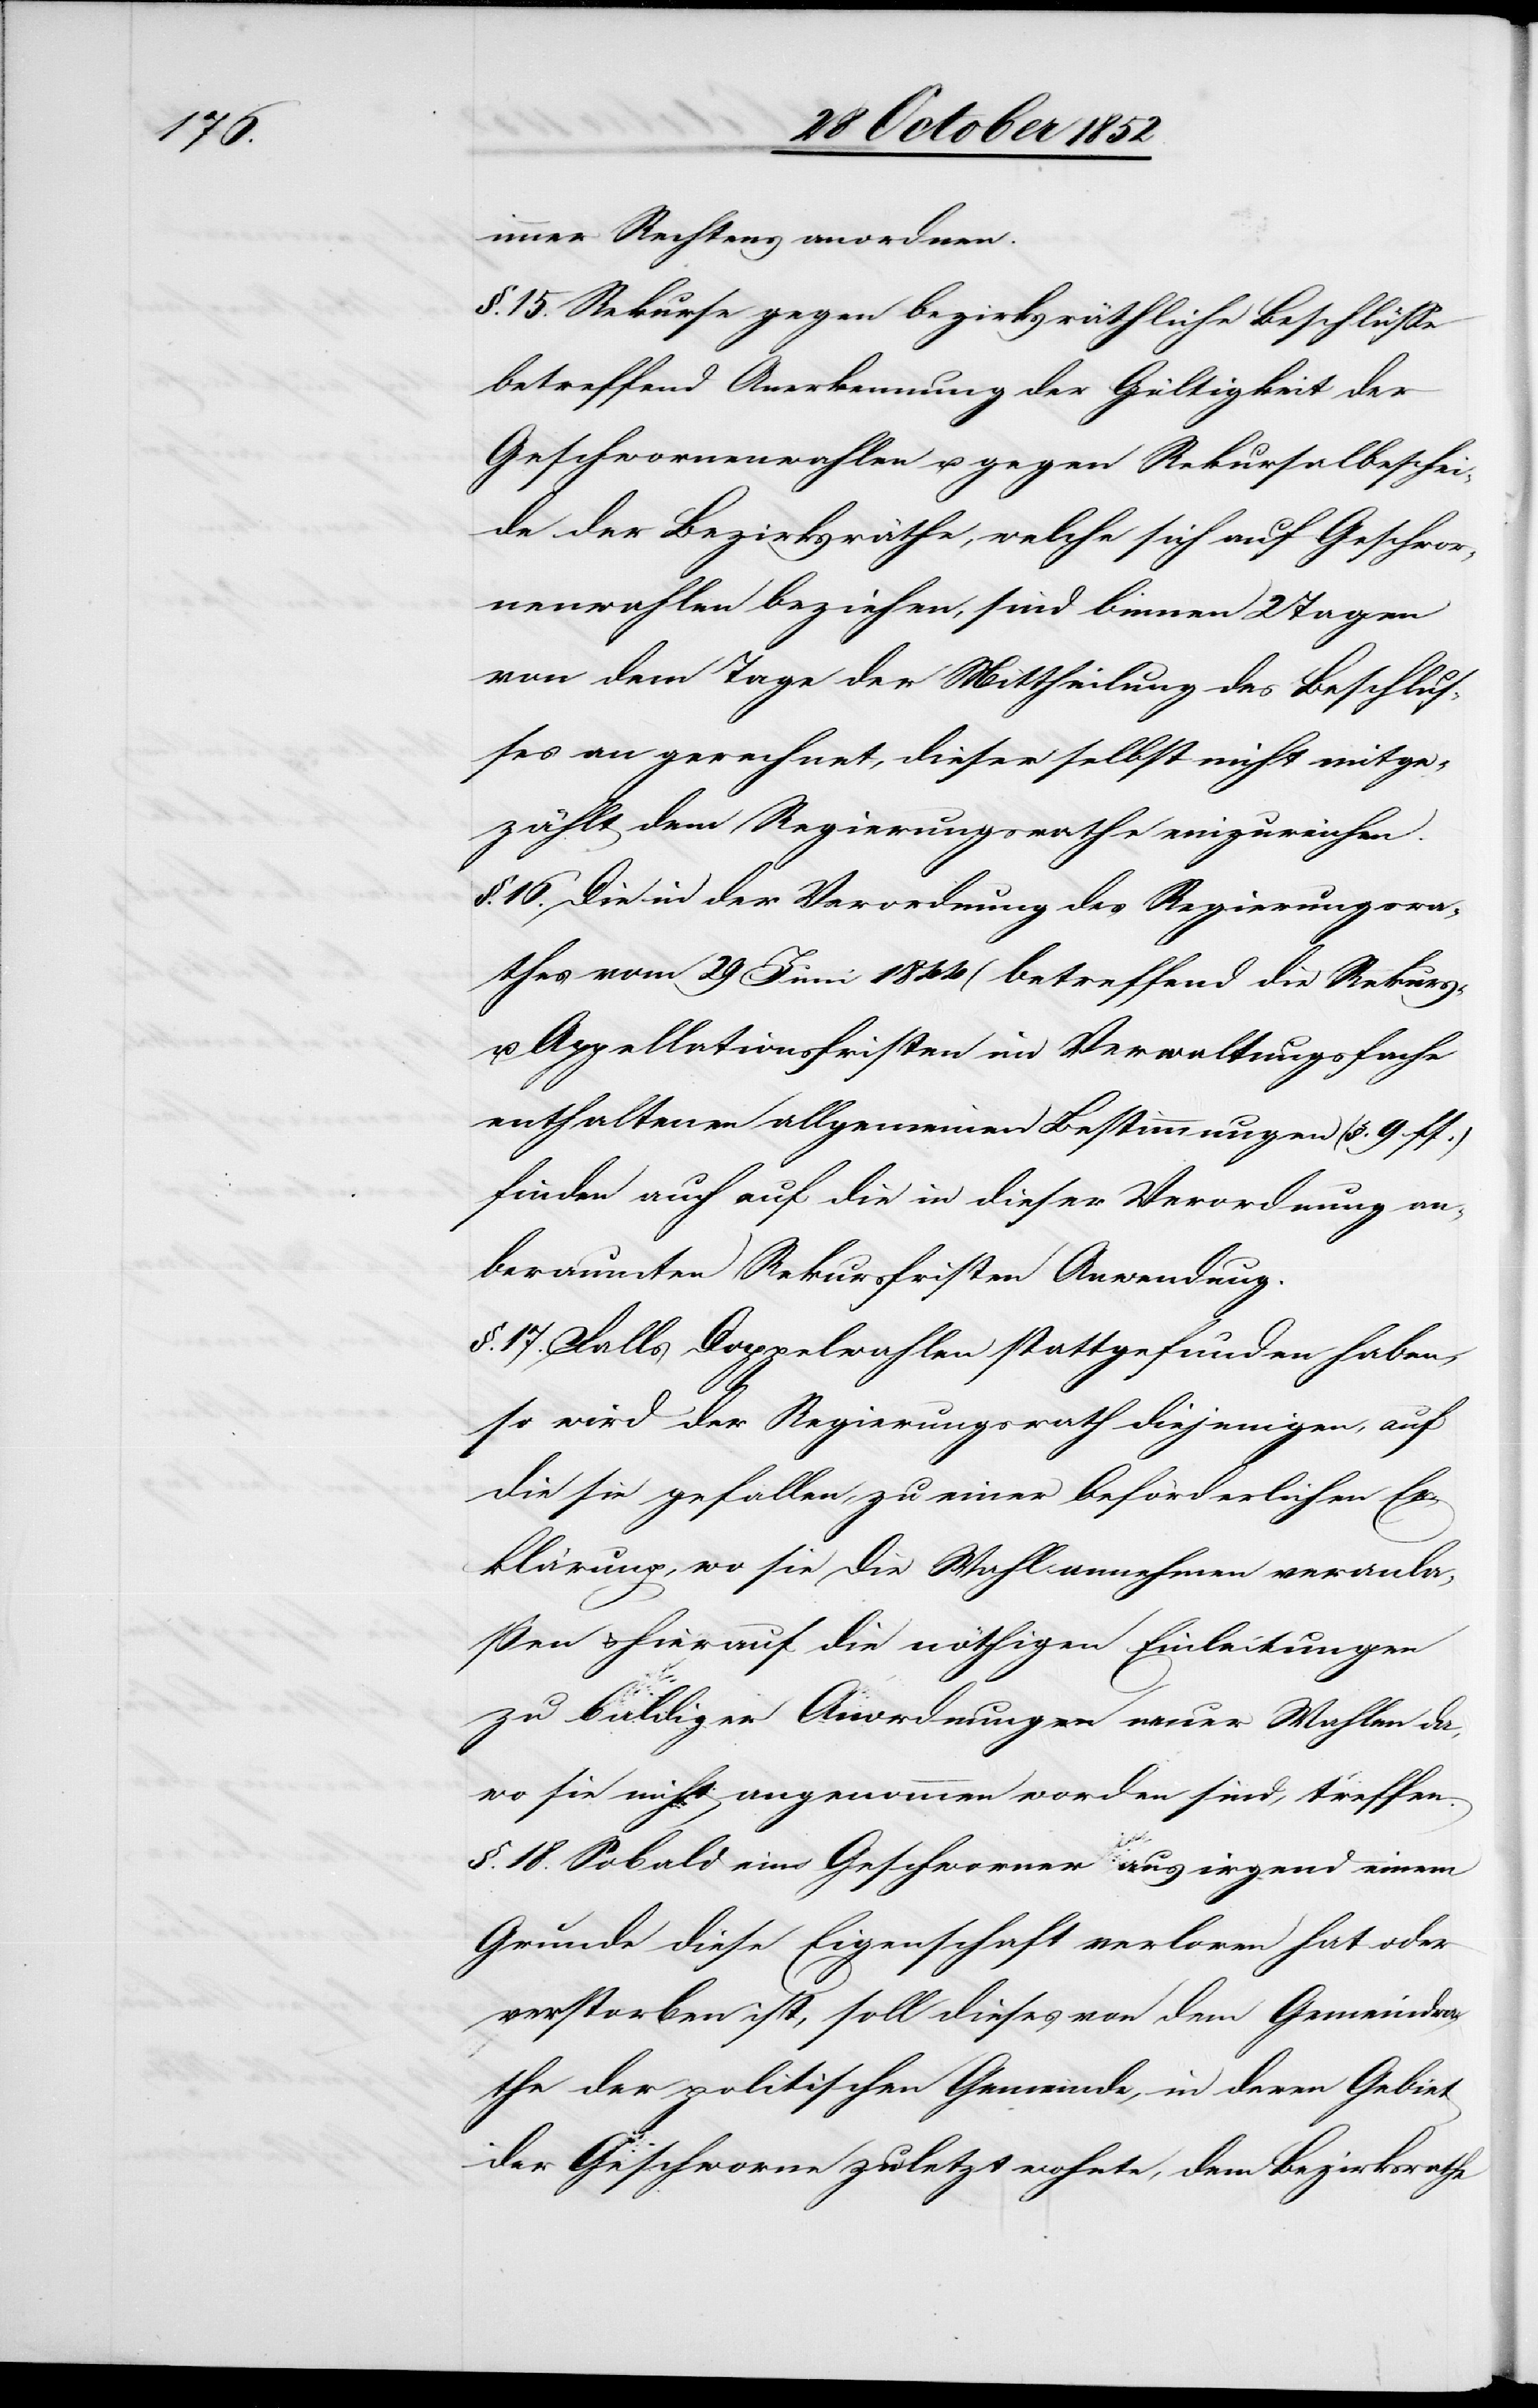
immer Rechtens anordnen.
§. 15. Rekurse gegen bezirksräthliche Beschlüsse
betreffend Anerkennung der Gültigkeit der
Geschwornenwahlen u. gegen Rekursalbeschei¬
de der Bezirksräthe, welche sich auf Geschwor¬
nenwahlen beziehen, sind binnen 2 Tagen
von dem Tage der Mittheilung des Beschlus¬
ses an gerechnet, dieser selbst nicht mitge¬
zählt dem Regierungsrathe einzureichen.
§. 16. Die in der Verordnung des Regierungsra¬
thes vom 29 Juni 1844 (betreffend die Rekurs-
u. Appellationsfristen im Verwaltungsfache[)]
enthaltenen allgemeinen Bestimmungen (§. 9 ff.)
finden auch auf die in dieser Verordnung an¬
beraumten Rekursfristen Anwendung.
§. 17. Falls Doppelwahlen stattgefunden haben,
so wird der Regierungsrath diejenigen, auf
die sie gefallen, zu einer beförderlichen Er¬
klärung, wo sie die Wahl annehmen veranla¬
ßen & hierauf die nöthigen Einleitungen
zu baldiger Anordnung neuer Wahlen da,
wo sie nicht angenommen worden sind, treffen.
§. 18. Sobald ein Geschworner aus irgend einem
Grunde diese Eigenschaft verloren hat oder
verstorben ist, soll dieses von dem Gemeindra¬
the der politischen Gemeinde, in deren Gebiet
der Geschworne zuletzt wohnte, dem Bezirksrathe